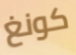
كونغ